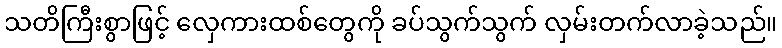
သတိကြီးစွာဖြင့် လှေကားထစ်တွေကို ခပ်သွက်သွက် လှမ်းတက်လာခဲ့သည်။